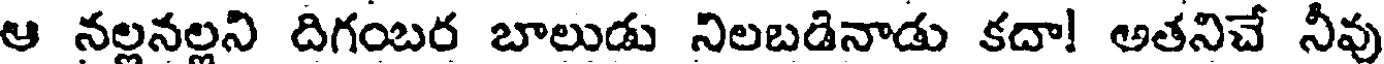
ఆ నల్లనల్లని దిగంబర బాలుడు నిలబడినాడు కదా! అతనిచే నీవు